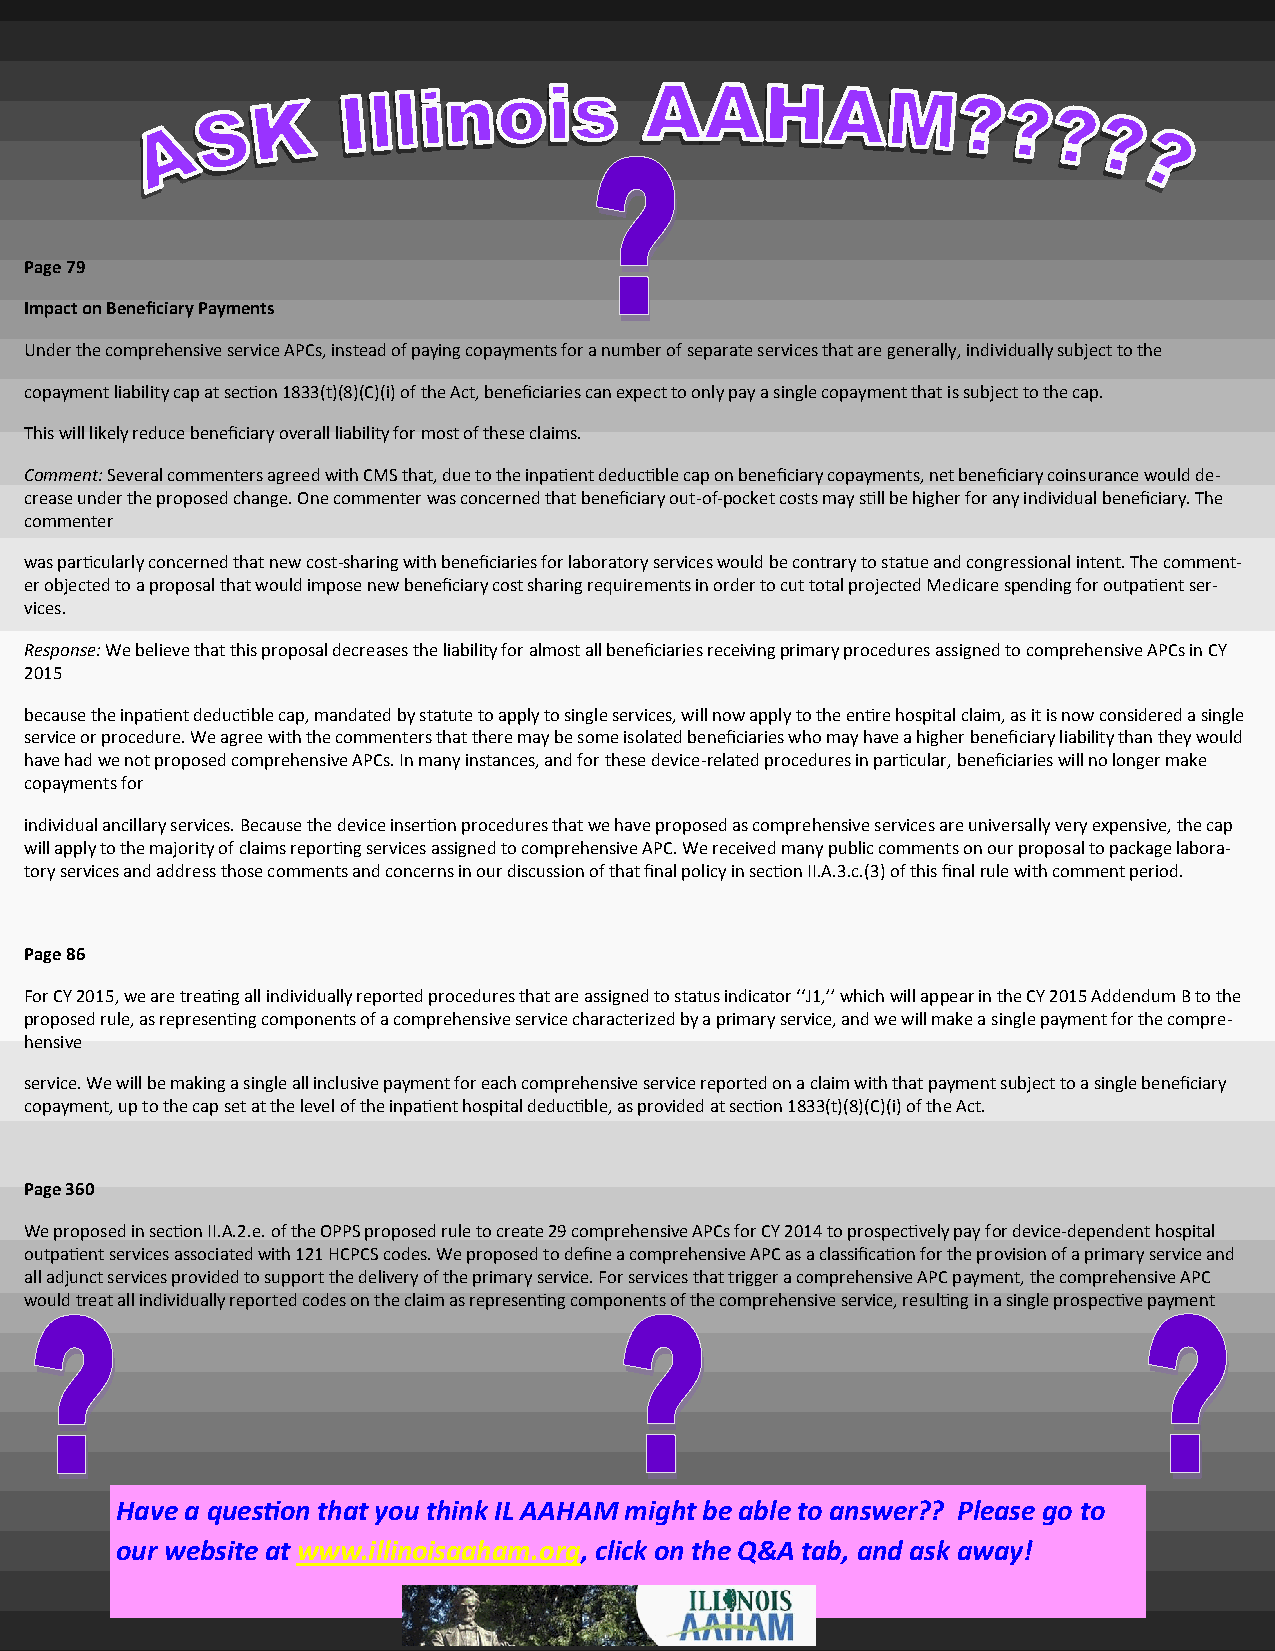
Page 79
 Impact on Beneficiary Payments
 Under the comprehensive service APCs, instead of paying copayments for a number of separate services that are generally, individually subject to the
 copayment liability cap at section 1833(t)(8)(C)(i) of the Act, beneficiaries can expect to only pay a single copayment that is subject to the cap.
 This will likely reduce beneficiary overall liability for most of these claims.
 Comment: Several commenters agreed with CMS that, due to the inpatient deductible cap on beneficiary copayments, net beneficiary coinsurance would de-
 crease under the proposed change. One commenter was concerned that beneficiary out-of-pocket costs may still be higher for any individual beneficiary. The
 commenter
 was particularly concerned that new cost-sharing with beneficiaries for laboratory services would be contrary to statue and congressional intent. The comment-
 er objected to a proposal that would impose new beneficiary cost sharing requirements in order to cut total projected Medicare spending for outpatient ser-
 vices.
 Response: We believe that this proposal decreases the liability for almost all beneficiaries receiving primary procedures assigned to comprehensive APCs in CY
 2015
 because the inpatient deductible cap, mandated by statute to apply to single services, will now apply to the entire hospital claim, as it is now considered a single
 service or procedure. We agree with the commenters that there may be some isolated beneficiaries who may have a higher beneficiary liability than they would
 have had we not proposed comprehensive APCs. In many instances, and for these device-related procedures in particular, beneficiaries will no longer make
 copayments for
 individual ancillary services. Because the device insertion procedures that we have proposed as comprehensive services are universally very expensive, the cap
 will apply to the majority of claims reporting services assigned to comprehensive APC. We received many public comments on our proposal to package labora-
 tory services and address those comments and concerns in our discussion of that final policy in section II.A.3.c.(3) of this final rule with comment period.
 Page 86
 For CY 2015, we are treating all individually reported procedures that are assigned to status indicator ‘‘J1,’’ which will appear in the CY 2015 Addendum B to the
 proposed rule, as representing components of a comprehensive service characterized by a primary service, and we will make a single payment for the compre-
 hensive
 service. We will be making a single all inclusive payment for each comprehensive service reported on a claim with that payment subject to a single beneficiary
 copayment, up to the cap set at the level of the inpatient hospital deductible, as provided at section 1833(t)(8)(C)(i) of the Act.
 Page 360
 We proposed in section II.A.2.e. of the OPPS proposed rule to create 29 comprehensive APCs for CY 2014 to prospectively pay for device-dependent hospital
 outpatient services associated with 121 HCPCS codes. We proposed to define a comprehensive APC as a classification for the provision of a primary service and
 all adjunct services provided to support the delivery of the primary service. For services that trigger a comprehensive APC payment, the comprehensive APC
 would treat all individually reported codes on the claim as representing components of the comprehensive service, resulting in a single prospective payment
 Have a question that you think IL AAHAM might be able to answer?? Please go to
 our website at www.illinoisaaham.org, click on the Q&A tab, and ask away!
 32